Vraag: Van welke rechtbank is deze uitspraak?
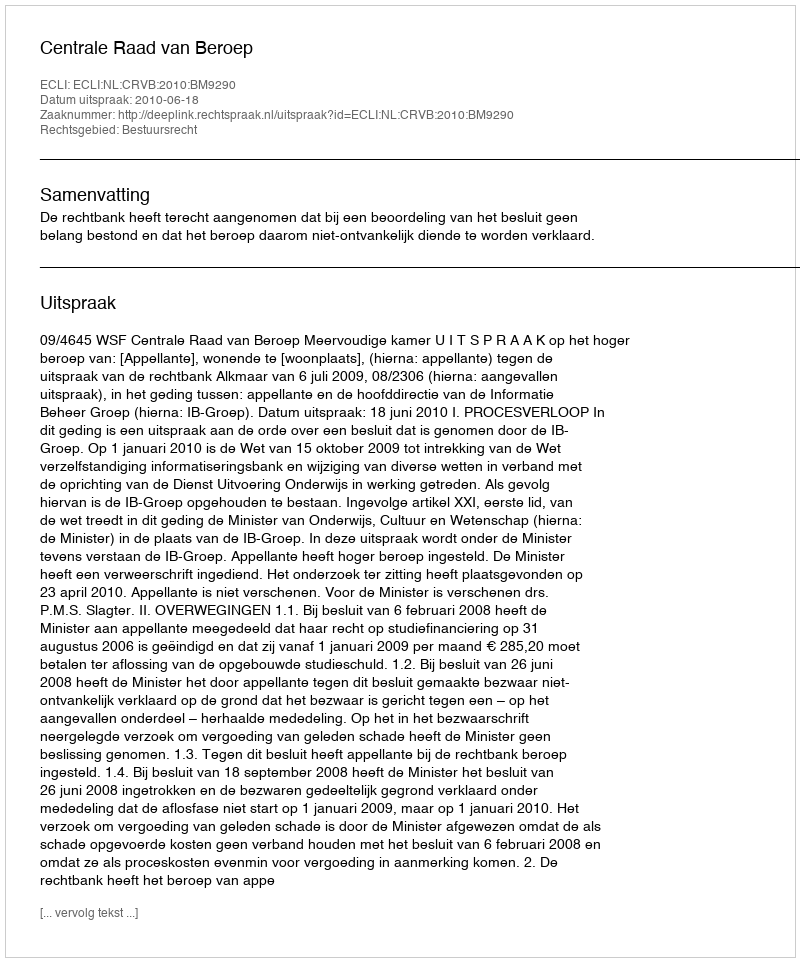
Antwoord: Centrale Raad van Beroep